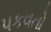
પકવતો